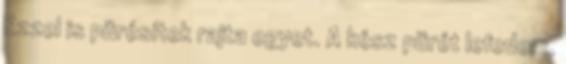
Ezzel is pürésítek rajta egyet. A kész pürét lefedem,